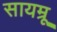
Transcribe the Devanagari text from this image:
सायम्रू